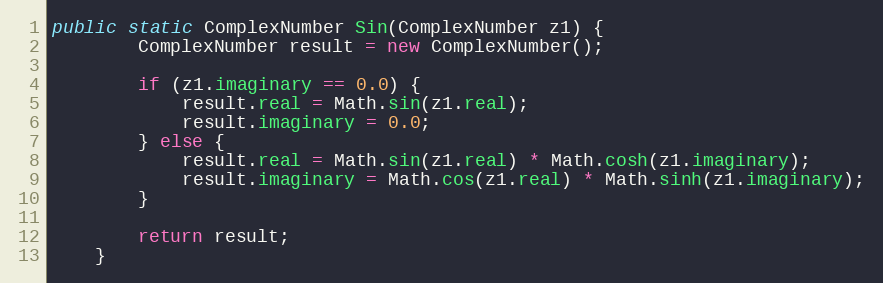
Language: Java
public static ComplexNumber Sin(ComplexNumber z1) {
        ComplexNumber result = new ComplexNumber();

        if (z1.imaginary == 0.0) {
            result.real = Math.sin(z1.real);
            result.imaginary = 0.0;
        } else {
            result.real = Math.sin(z1.real) * Math.cosh(z1.imaginary);
            result.imaginary = Math.cos(z1.real) * Math.sinh(z1.imaginary);
        }

        return result;
    }